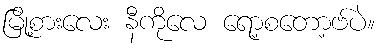
မြို့စားလေး နီကိုလေ ရော့စတော့ဗ်ပဲ။